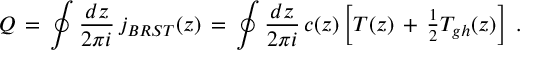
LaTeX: { \cal Q } \, = \, \oint \frac { d z } { 2 \pi i } \, j _ { B R S T } ( z ) \, = \, \oint \frac { d z } { 2 \pi i } \, c ( z ) \left[ T ( z ) \, + \, \textstyle { \frac { 1 } { 2 } } T _ { g h } ( z ) \right] \; .